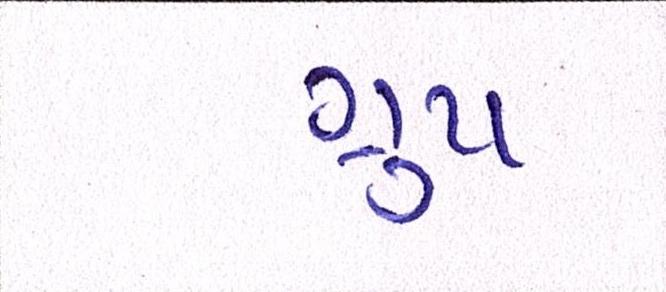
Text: ગ્રૂપ